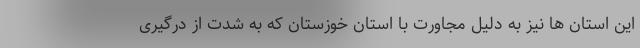
این استان ها نیز به دلیل مجاورت با استان خوزستان که به شدت از درگیری